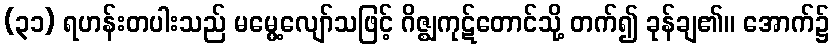
(၃၁) ရဟန်းတပါးသည် မမွေ့လျော်သဖြင့် ဂိဇ္ဈကုဋ်တောင်သို့ တက်၍ ခုန်ချ၏။ အောက်၌